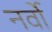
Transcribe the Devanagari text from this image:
नर्वो